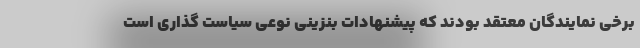
برخی نمایندگان معتقد بودند که پیشنهادات بنزینی نوعی سیاست گذاری است